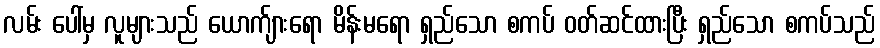
လမ်း ပေါ်မှ လူများသည် ယောက်ျားရော မိန်းမရော ရှည်သော စကပ် ဝတ်ဆင်ထားပြီး ရှည်သော စကပ်သည်